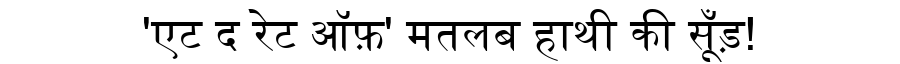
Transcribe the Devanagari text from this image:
'एट द रेट ऑफ़' मतलब हाथी की सूँड़!